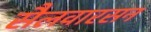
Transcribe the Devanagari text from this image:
सैलवारसन